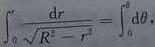
\[\int_{0}^{r} \frac{\mathrm{d}r}{\sqrt{R^{2}-r^{2}}}=\int_{0}^{\theta} \mathrm{d}\theta,\]